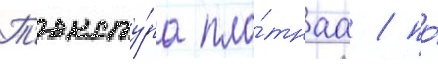
Т'ексту́ра пло́тнаа / по́